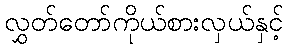
လွှတ်တော်ကိုယ်စားလှယ်နှင့်